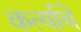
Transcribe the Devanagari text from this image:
कर्त्याचे